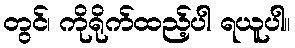
တွင်၊ ကိုရိုက်ထည့်ပါ ရယူပါ။